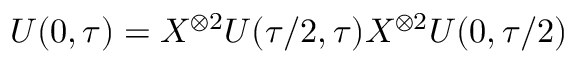
U ( 0 , \tau ) = X ^ { \otimes 2 } U ( \tau / 2 , \tau ) X ^ { \otimes 2 } U ( 0 , \tau / 2 )